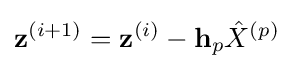
\mathbf {z} ^{(i+1)}=\mathbf {z} ^{(i)}-\mathbf {h} _{p}{\hat {X}}^{(p)}